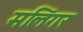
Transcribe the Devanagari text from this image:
मलिंगर